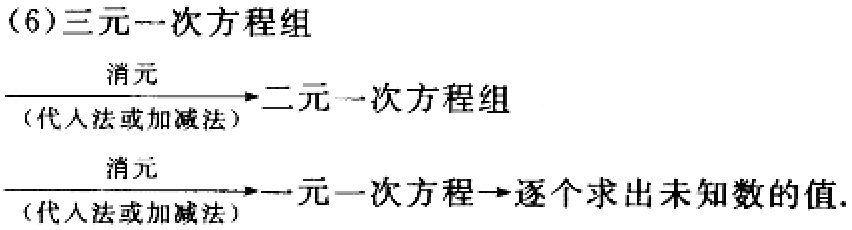
(6)三元一次方程组

\[\xrightarrow[\text{(代人法或加减法)}]{\text{消元}} \text{二元一次方程组}\]

\[\xrightarrow[\text{(代人法或加减法)}]{\text{消元}} \text{一元一次方程}\to\text{逐个求出未知数的值}.\]